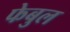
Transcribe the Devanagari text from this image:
फेबुल